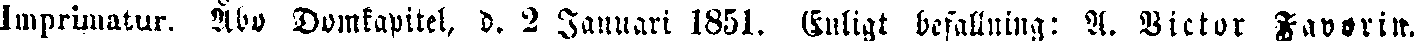
Imprimatur. Åbo Domkapitel, d. 2 Januari 1851. (inligt befallning: A. Victor Favorin.